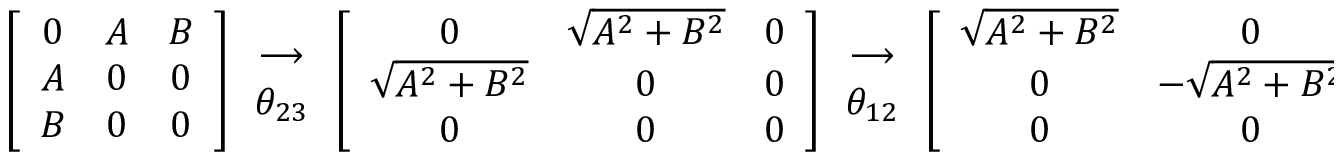
\left[ \begin{array} { c c c } { { 0 } } & { { A } } & { { B } } \\ { { A } } & { { 0 } } & { { 0 } } \\ { { B } } & { { 0 } } & { { 0 } } \end{array} \right] \begin{array} { c } { { \longrightarrow } } \\ { { \theta _ { 2 3 } } } \end{array} \left[ \begin{array} { c c c } { { 0 } } & { { \sqrt { A ^ { 2 } + B ^ { 2 } } } } & { { 0 } } \\ { { \sqrt { A ^ { 2 } + B ^ { 2 } } } } & { { 0 } } & { { 0 } } \\ { { 0 } } & { { 0 } } & { { 0 } } \end{array} \right] \begin{array} { c } { { \longrightarrow } } \\ { { \theta _ { 1 2 } } } \end{array} \left[ \begin{array} { c c c } { { \sqrt { A ^ { 2 } + B ^ { 2 } } } } & { { 0 } } & { { 0 } } \\ { { 0 } } & { { - \sqrt { A ^ { 2 } + B ^ { 2 } } } } & { { 0 } } \\ { { 0 } } & { { 0 } } & { { 0 } } \end{array} \right] .